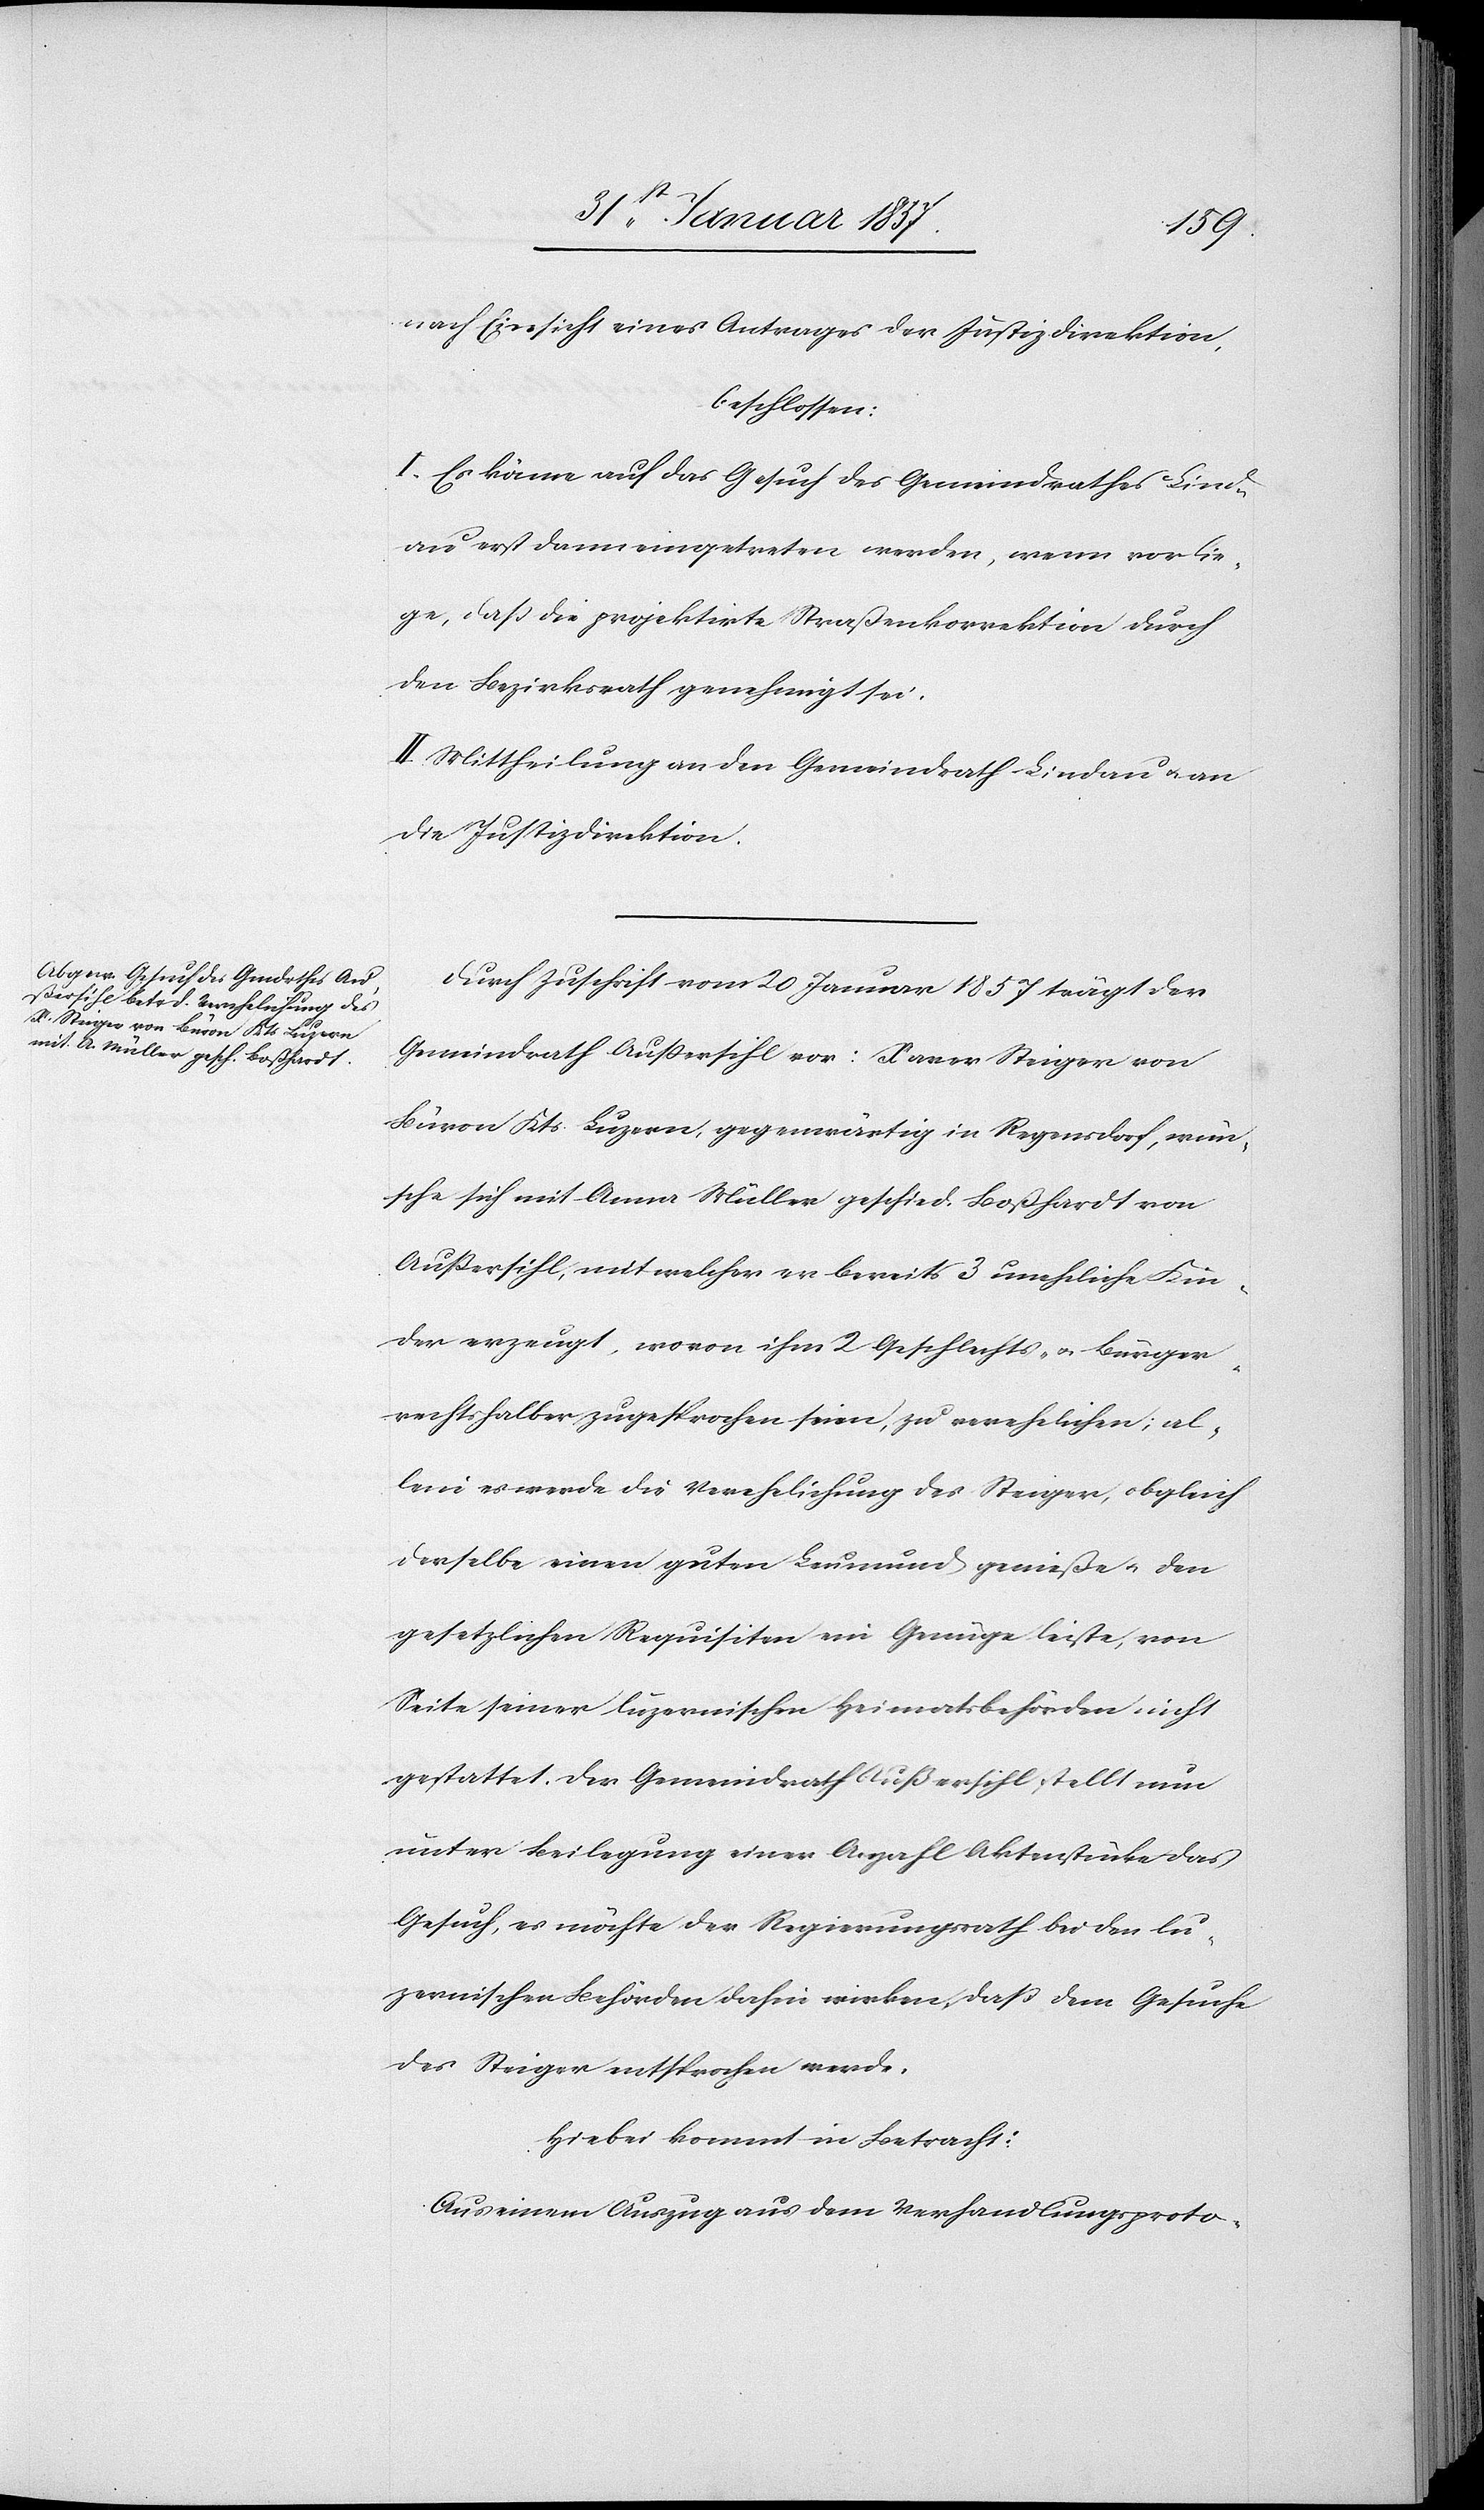
nach Einsicht eines Antrages der Justizdirektion,
beschlossen:
I. Es könne auf das Gesuch des Gemeinderathes Lind¬
au erst dann eingetreten werden, wenn vorlie¬
ge, daß die projektirte Straßenkorrektion durch
den Bezirksrath genehmigt sei.
II. Mittheilung an den Gemeinderath Lindau & an
die Justizdirektion.
Durch Zuschrift vom 20 Januar 1857 trägt der
Gemeindrath Außersihl vor: Xaver Steiger von
Büron Kts. Luzern, gegenwärtig in Regensdorf, wün¬
sche, sich mit Anna Müller geschied. Boßhardt von
Außersihl, mit welcher er bereits 3 uneheliche Kin¬
der erzeugt, wovon ihm 2 Geschlechts- & Bürger¬
rechtshalber zugesprochen seien, zu verehelichen; al¬
lein es werde die Verehelichung des Steiger, obgleich
derselbe einen guten Leumund genieße u. den
gesetzlichen Requisiten ein Genüge leiste, von
Seite seiner luzernischen Heimatsbehörden nicht
gestattet. Der Gemeindrath Außershihl stellt nun
unter Beilegung einer Anzahl Aktenstücke das
Gesuch, es möchte der Regierungsrath bei den lu¬
zernischen Behörden dahin wirken, daß dem Gesuche
des Steiger entsprochen werde.
Hiebei kommt in Betracht:
Aus einem Auszug aus dem Verhandlungsproto-